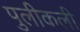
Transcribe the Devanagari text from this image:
पुलीकली